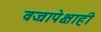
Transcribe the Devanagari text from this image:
वज्रापेक्षाही